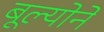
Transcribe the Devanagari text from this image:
बूल्योने